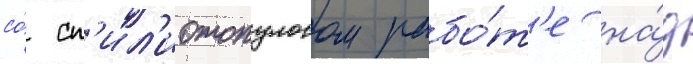
со́ сп'ил'иотопулосом рабо́т'е на́д